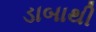
ડાબાથી